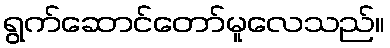
ရွက်ဆောင်တော်မူလေသည်။